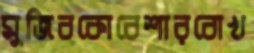
মুজিবকোবেশারবোখ